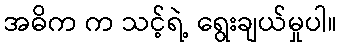
အဓိက က သင့်ရဲ့ ရွေးချယ်မှုပါ။